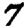
Digit: 7